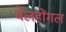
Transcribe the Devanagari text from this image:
बेलहोंगल